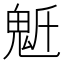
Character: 𩲔